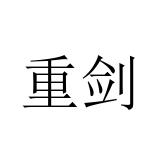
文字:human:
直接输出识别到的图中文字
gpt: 重剑